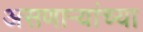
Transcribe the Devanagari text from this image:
असणाऱ्यांच्या